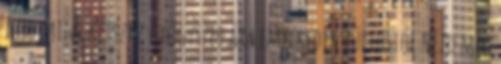
Több mint kétszáz gyógyszer ára emelkedik júliustól Nézd meg